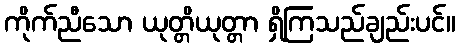
ကိုက်ညီသော ယုတ္တိယုတ္တာ ရှိကြသည်ချည်းပင်။